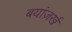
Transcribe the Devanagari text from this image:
बयांज़र्ख